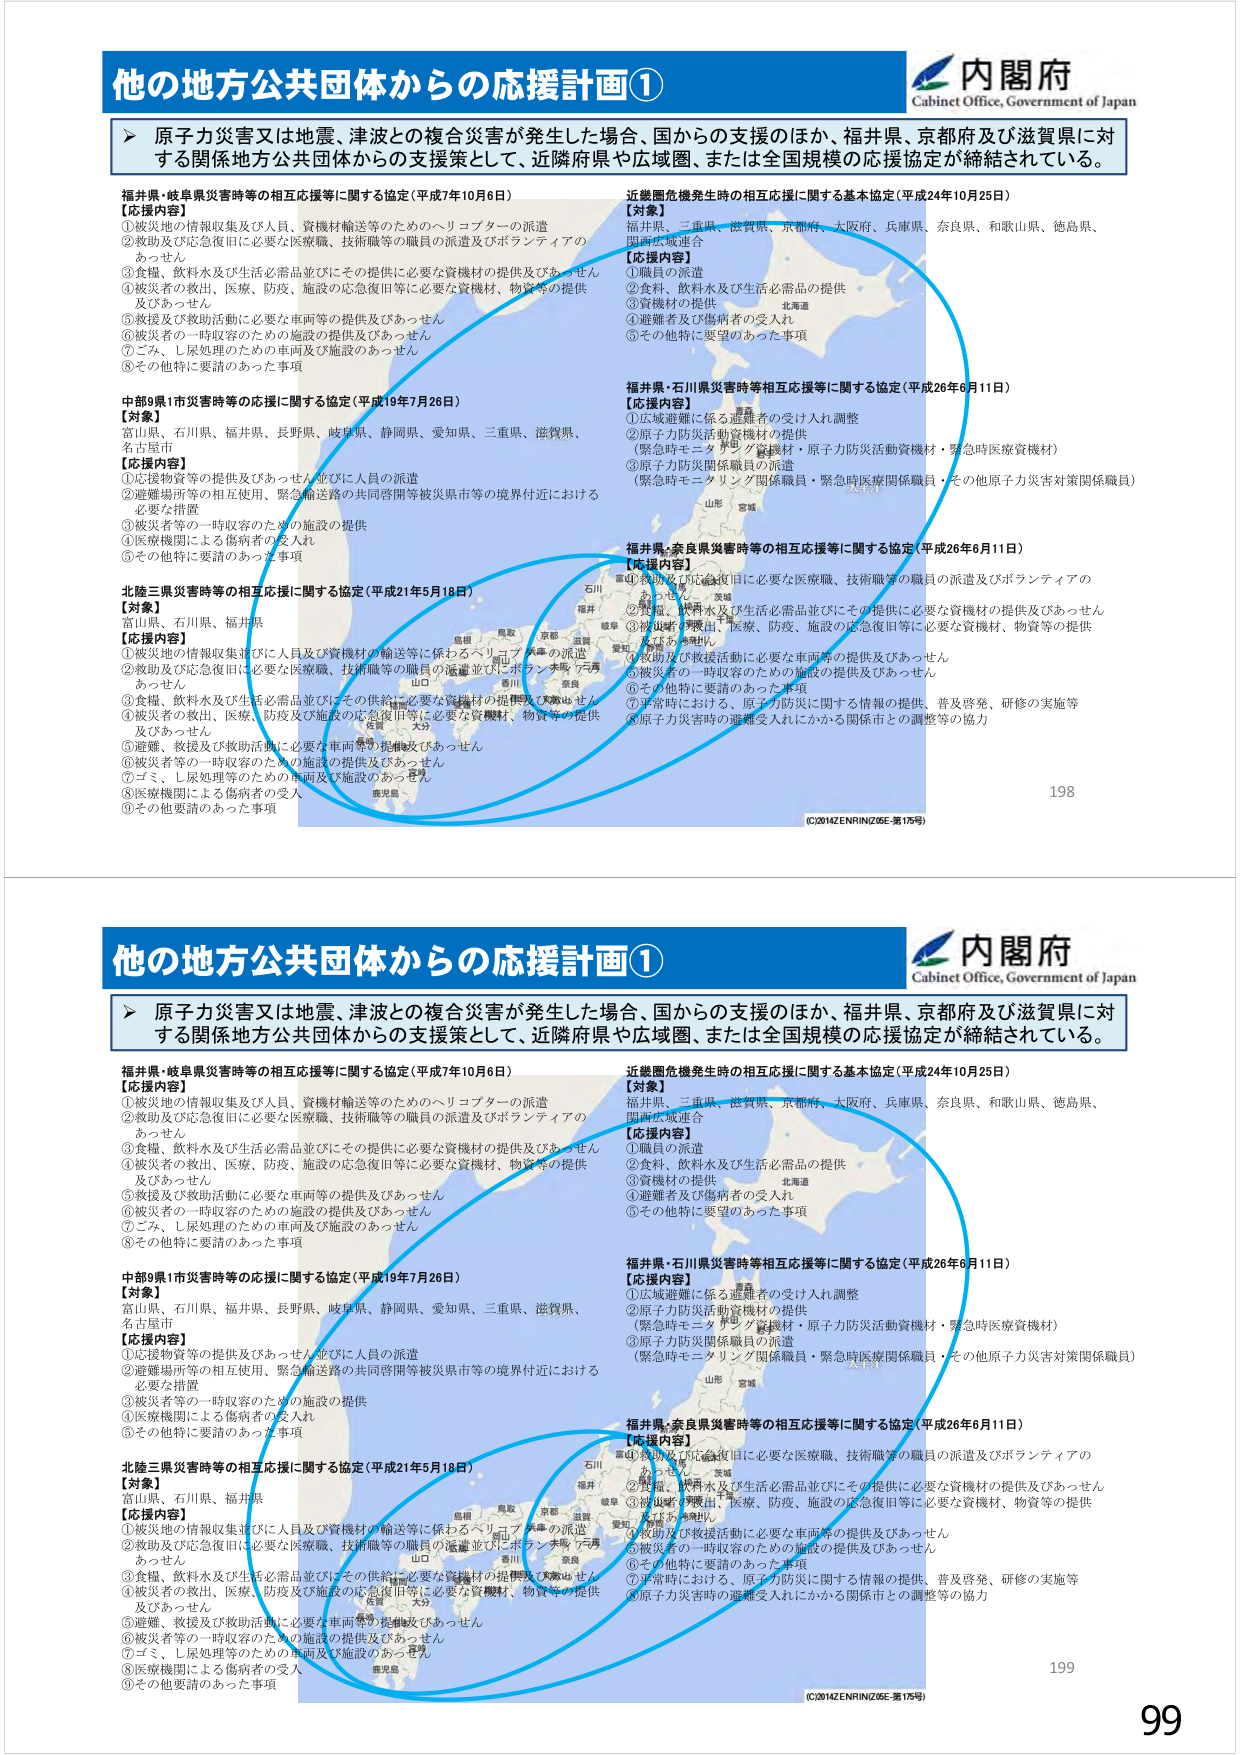
他の地方公共団体からの応援計画①
内閣府
Cabinet Office, Government of Japan
＞ 原子力災害又は地震、津波との複合災害が発生した場合、国からの支援のほか、福井県、京都府及び滋賀県に対
する関係地方公共団体からの支援策として、近隣府県や広域圏、または全国規模の応援協定が締結されている。
福井県・岐阜県災害時等の相互応援等に関する協定（平成7年10月6日）
【応援内容】
①被災地の情報収集及び人員、資機材輸送等のためのヘリコプターの派遣
②救助及び応急復旧に必要な医療職、技術職等の職員の派遣及びボランティアの
あっせん
③食糧、飲料水及び生活必需品並びにその提供に必要な資機材の提供及びあっせん
④被災者の救出、医療、防疫、施設の応急復旧等に必要な資機材、物資等の提供
及びあっせん
⑤救援及び救助活動に必要な車両等の提供及びあっせん
⑥被災者の一時収容のための施設の提供及びあっせん
⑦ごみ、し尿処理のための車両及び施設のあっせん
⑧その他特に要請のあった事項
中部9県1市災害時等の応援に関する協定（平成19年7月26日）
【対象】
富山県、石川県、福井県、長野県、岐阜県、静岡県、愛知県、三重県、滋賀県、
名古屋市
【応援内容】
①応援物資等の提供及びあっせん並びに人員の派遣
②避難場所等の相互使用、緊急輸送路の共同啓開等被災県市等の境界付近における
必要な措置
③被災者等の一時収容のための施設の提供
④医療機関による傷病者の受入れ
⑤その他特に要請のあった事項
北陸三県災害時等の相互応援に関する協定（平成21年5月18日）
【対象】
富山県、石川県、福井県
【応援内容】
①被災地の情報収集並びに人員及び資機材の輸送等に係わるヘリコプターの派遣
②救助及び応急復旧に必要な医療職、技術職等の職員の派遣並びにボランティアの
あっせん
③食糧、飲料水及び生活必需品並びにその供給に必要な資機材の提供及びあっせん
④被災者の救出、医療、防疫及び施設の応急復旧等に必要な資機材、物資等の提供
及びあっせん
⑤避難、救援及び救助活動に必要な車両等の提供及びあっせん
⑥被災者等の一時収容のための施設の提供及びあっせん
⑦ごみ、し尿処理等のための車両及び施設のあっせん
⑧医療機関による傷病者の受入
⑨その他要請のあった事項
近畿圏危機発生時の相互応援に関する基本協定（平成24年10月25日）
【対象】
福井県、三重県、滋賀県、京都府、大阪府、兵庫県、奈良県、和歌山県、徳島県、
関西広域連合
【応援内容】
①職員の派遣
②食料、飲料水及び生活必需品の提供
③資機材の提供
④避難者及び傷病者の受入れ
⑤その他特に要望のあった事項
福井県・石川県災害時等相互応援等に関する協定（平成26年6月11日）
【応援内容】
①広域避難に係る避難者の受け入れ調整
②原子力防災活動資機材の提供
（緊急時モニタリング資機材・原子力防災活動資機材・緊急時医療資機材）
③原子力防災関係職員の派遣
（緊急時モニタリング関係職員・緊急時医療関係職員・その他原子力災害対策関係職員）
福井県・奈良県災害時等の相互応援等に関する協定（平成26年6月11日）
【応援内容】
①救助及び応急復旧に必要な医療職、技術職等の職員の派遣及びボランティアの
あっせん
②食糧、飲料水及び生活必需品並びにその提供に必要な資機材の提供及びあっせん
③被災者の救出、医療、防疫、施設の応急復旧等に必要な資機材、物資等の提供
及びあっせん
④救助及び救助活動に必要な車両等の提供及びあっせん
⑤被災者の一時収容のための施設の提供及びあっせん
⑥その他特に要請のあった事項
⑦平常時における、原子力防災に関する情報の提供、普及啓発、研修の実施等
⑧原子力災害時の避難受入れにかかる関係市との調整等の協力
(C)2014ZENRINZ06E-第175号
198
他の地方公共団体からの応援計画①
内閣府
Cabinet Office, Government of Japan
＞ 原子力災害又は地震、津波との複合災害が発生した場合、国からの支援のほか、福井県、京都府及び滋賀県に対
する関係地方公共団体からの支援策として、近隣府県や広域圏、または全国規模の応援協定が締結されている。
福井県・岐阜県災害時等の相互応援等に関する協定（平成7年10月6日）
【応援内容】
①被災地の情報収集及び人員、資機材輸送等のためのヘリコプターの派遣
②救助及び応急復旧に必要な医療職、技術職等の職員の派遣及びボランティアの
あっせん
③食糧、飲料水及び生活必需品並びにその提供に必要な資機材の提供及びあっせん
④被災者の救出、医療、防疫、施設の応急復旧等に必要な資機材、物資等の提供
及びあっせん
⑤救援及び救助活動に必要な車両等の提供及びあっせん
⑥被災者の一時収容のための施設の提供及びあっせん
⑦ごみ、し尿処理のための車両及び施設のあっせん
⑧その他特に要請のあった事項
中部9県1市災害時等の応援に関する協定（平成19年7月26日）
【対象】
富山県、石川県、福井県、長野県、岐阜県、静岡県、愛知県、三重県、滋賀県、
名古屋市
【応援内容】
①応援物資等の提供及びあっせん並びに人員の派遣
②避難場所等の相互使用、緊急輸送路の共同啓開等被災県市等の境界付近における
必要な措置
③被災者等の一時収容のための施設の提供
④医療機関による傷病者の受入れ
⑤その他特に要請のあった事項
北陸三県災害時等の相互応援に関する協定（平成21年5月18日）
【対象】
富山県、石川県、福井県
【応援内容】
①被災地の情報収集並びに人員及び資機材の輸送等に係わるヘリコプターの派遣
②救助及び応急復旧に必要な医療職、技術職等の職員の派遣並びにボランティアの
あっせん
③食糧、飲料水及び生活必需品並びにその供給に必要な資機材の提供及びあっせん
④被災者の救出、医療、防疫及び施設の応急復旧等に必要な資機材、物資等の提供
及びあっせん
⑤避難、救援及び救助活動に必要な車両等の提供及びあっせん
⑥被災者等の一時収容のための施設の提供及びあっせん
⑦ごみ、し尿処理等のための車両及び施設のあっせん
⑧医療機関による傷病者の受入
⑨その他要請のあった事項
近畿圏危機発生時の相互応援に関する基本協定（平成24年10月25日）
【対象】
福井県、三重県、滋賀県、京都府、大阪府、兵庫県、奈良県、和歌山県、徳島県、
関西広域連合
【応援内容】
①職員の派遣
②食料、飲料水及び生活必需品の提供
③資機材の提供
④避難者及び傷病者の受入れ
⑤その他特に要望のあった事項
福井県・石川県災害時等相互応援等に関する協定（平成26年6月11日）
【応援内容】
①広域避難に係る避難者の受け入れ調整
②原子力防災活動資機材の提供
（緊急時モニタリング資機材・原子力防災活動資機材・緊急時医療資機材）
③原子力防災関係職員の派遣
（緊急時モニタリング関係職員・緊急時医療関係職員・その他原子力災害対策関係職員）
福井県・奈良県災害時等の相互応援等に関する協定（平成26年6月11日）
【応援内容】
①救助及び応急復旧に必要な医療職、技術職等の職員の派遣及びボランティアの
あっせん
②食糧、飲料水及び生活必需品並びにその提供に必要な資機材の提供及びあっせん
③被災者の救出、医療、防疫、施設の応急復旧等に必要な資機材、物資等の提供
及びあっせん
④救助及び救助活動に必要な車両等の提供及びあっせん
⑤被災者の一時収容のための施設の提供及びあっせん
⑥その他特に要請のあった事項
⑦平常時における、原子力防災に関する情報の提供、普及啓発、研修の実施等
⑧原子力災害時の避難受入れにかかる関係市との調整等の協力
(C)2014ZENRINZ06E-第175号
199
99